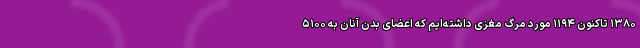
۱۳۸۰ تاکنون ۱۱۹۴ مورد مرگ مغزی داشته‌ایم که اعضای بدن آنان به ۵۱۰۰